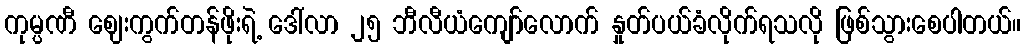
ကုမ္ပဏီ ဈေးကွက်တန်ဖိုးရဲ့ ဒေါ်လာ ၂၅ ဘီလီယံကျော်လောက် နှုတ်ပယ်ခံလိုက်ရသလို ဖြစ်သွားစေပါတယ်။